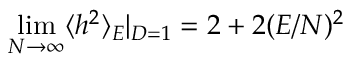
\operatorname* { l i m } _ { N \rightarrow \infty } \langle h ^ { 2 } \rangle _ { E } | _ { D = 1 } = 2 + 2 ( E / N ) ^ { 2 }